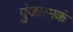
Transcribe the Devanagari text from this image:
पुंजात्मकं